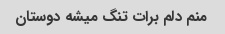
منم دلم برات تنگ میشه دوستان